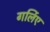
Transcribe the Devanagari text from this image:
गर्लिए